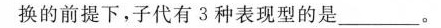
换的前提下，子代有3种表现型的是___。